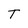
Character: T